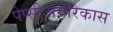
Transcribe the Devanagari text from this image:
पेप्सीअमेरिकास